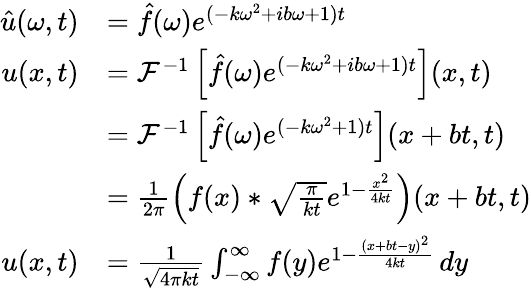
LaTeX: \begin{array}{rl}{\hat{u}(\omega,t)}&{=\hat{f}(\omega)e^{(-k\omega^{2}+ib\omega+1)t}}\\ {u(x,t)}&{=\mathcal{F}^{-1}\left[\hat{f}(\omega)e^{(-k\omega^{2}+ib\omega+1)t}\right](x,t)}\\ &{=\mathcal{F}^{-1}\left[\hat{f}(\omega)e^{(-k\omega^{2}+1)t}\right](x+bt,t)}\\ &{=\frac{1}{2\pi}\left(f(x)*\sqrt{\frac{\pi}{kt}}e^{1-\frac{x^{2}}{4kt}}\right)(x+bt,t)}\\ {u(x,t)}&{=\frac{1}{\sqrt{4\pi kt}}\int_{-\infty}^{\infty}f(y)e^{1-\frac{(x+bt-y)^{2}}{4kt}}\, dy}\end{array}